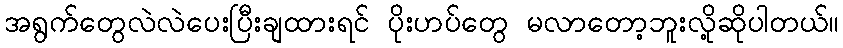
အရွက်တွေလဲလဲပေးပြီးချထားရင် ပိုးဟပ်တွေ မလာတော့ဘူးလို့ဆိုပါတယ်။